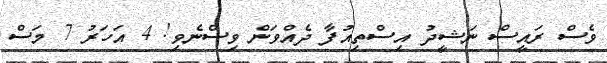
ވެސް ރައީސް ނަޝީދު އިސްތިއުފާ ދެއްވަން ވިސްނެވި! 4 އަހަރު 7 މަސް